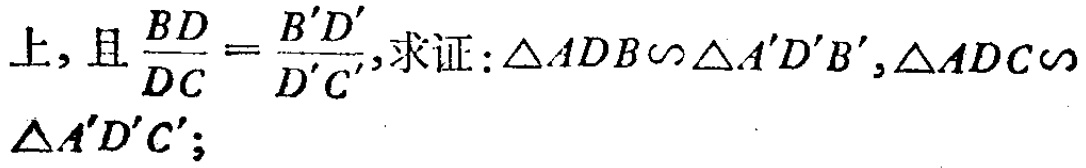
上, 且$\frac{BD}{DC}=\frac{B^{\prime}D^{\prime}}{D^{\prime}C^{\prime}}$, 求证: $\triangle ADB\sim\triangle A^{\prime}D^{\prime}B^{\prime},\triangle ADC\sim\triangle A^{\prime}D^{\prime}C^{\prime}$;